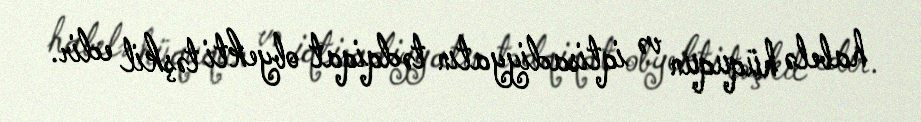
habelə hüququn və iqtisadiyyatın tədqiqat obyekti təşkil edir.